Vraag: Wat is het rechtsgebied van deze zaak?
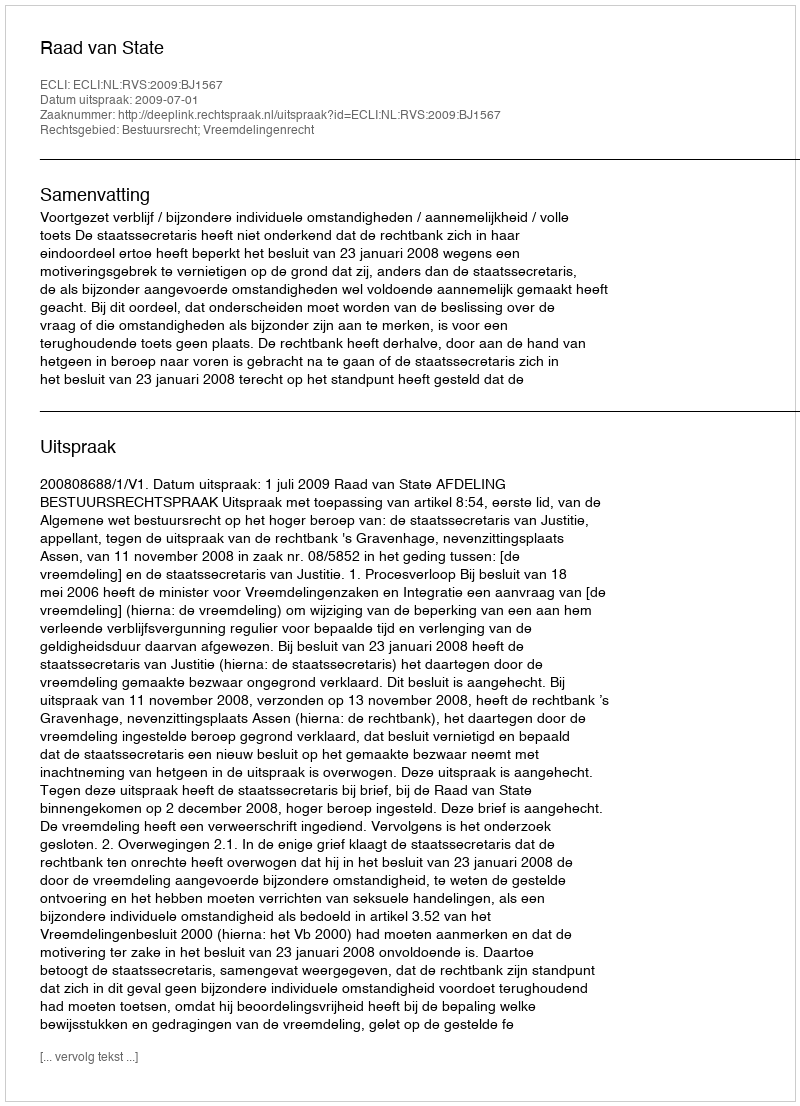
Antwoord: Bestuursrecht; Vreemdelingenrecht